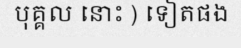
បុគ្គល នោះ ) ទៀតផង